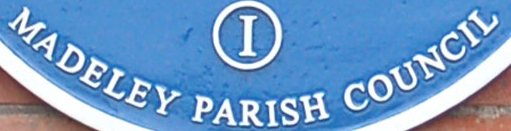
MADELEY PARISH COUNCIL